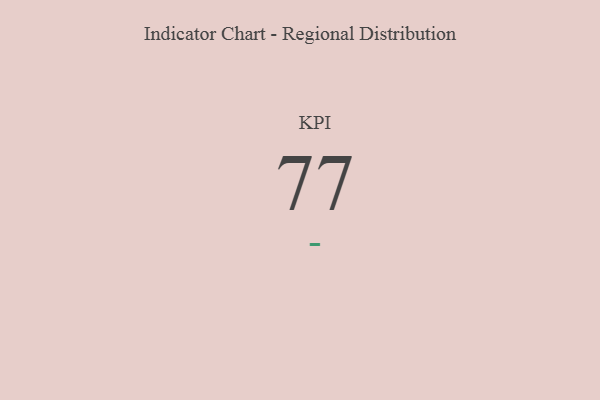
{"axis": {"x": "KPI", "y": "Value"}, "legend": [""], "data": [{"x": "KPI", "y": 77, "type": ""}]}